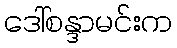
ဒေါ်စန္ဒာမင်းက